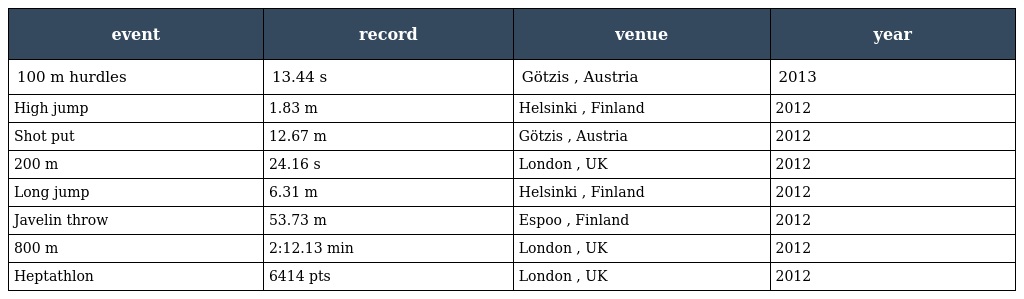
| event | record | venue | year |
 | --- | --- | --- | --- |
 | 100 m hurdles | 13.44 s | Götzis , Austria | 2013 |
 | High jump | 1.83 m | Helsinki , Finland | 2012 |
 | Shot put | 12.67 m | Götzis , Austria | 2012 |
 | 200 m | 24.16 s | London , UK | 2012 |
 | Long jump | 6.31 m | Helsinki , Finland | 2012 |
 | Javelin throw | 53.73 m | Espoo , Finland | 2012 |
 | 800 m | 2:12.13 min | London , UK | 2012 |
 | Heptathlon | 6414 pts | London , UK | 2012 |